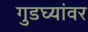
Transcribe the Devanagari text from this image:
गुडघ्यांवर